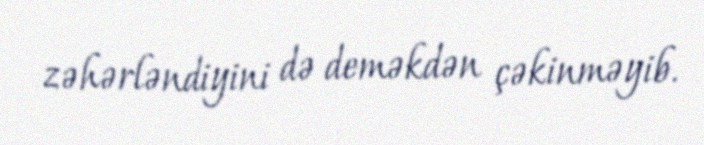
zəhərləndiyini də deməkdən çəkinməyib.